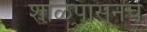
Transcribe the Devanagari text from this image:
शाळेपासूनचे